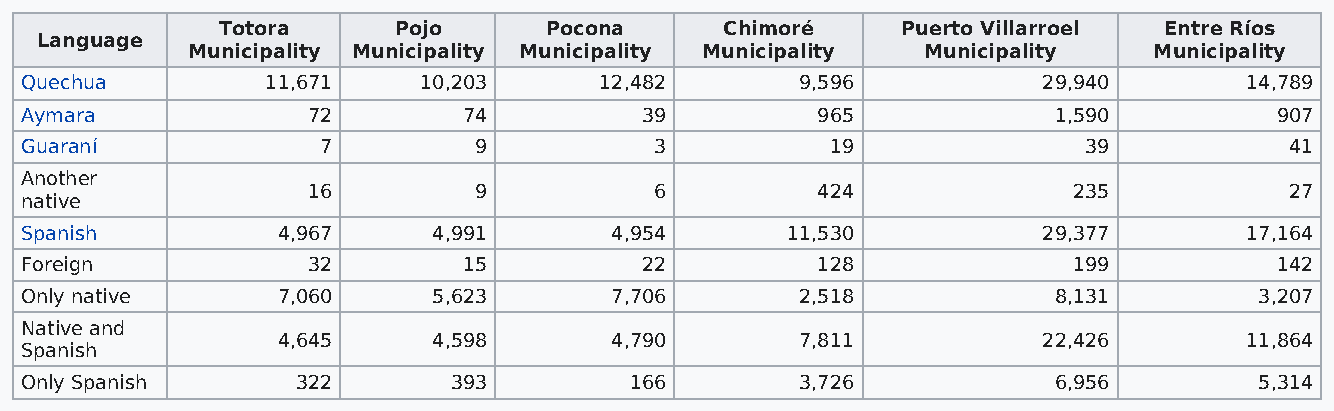
Totora      Pojo      Pocona      Chimoré     Puerto Villarroel Entre Ríos
 Language
 Municipality Municipality Municipality Municipality Municipality Municipality
 Quechua          11,671    10,203      12,482       9,596           29,940       14,789
 Aymara             72         74         39          965             1,590         907
 Guaraní             7         9           3           19               39           41
 Another
 16         9           6          424              235           27
 native
 Spanish          4,967      4,991      4,954       11,530           29,377       17,164
 Foreign            32         15         22          128              199          142
 Only native      7,060      5,623      7,706        2,518            8,131        3,207
 Native and
 4,645      4,598      4,790        7,811           22,426       11,864
 Spanish
 Only Spanish       322       393         166        3,726            6,956        5,314